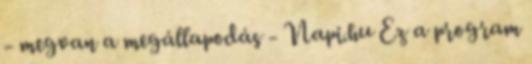
- megvan a megállapodás - Napi.hu Ez a program